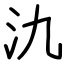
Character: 氿